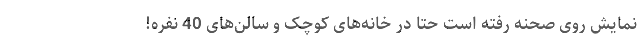
نمایش روی صحنه رفته است حتا در خانه‌‌های کوچک و سالن‌‌های 40 نفره!